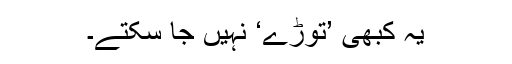
یہ کبھی ’توڑے‘ نہیں جا سکتے۔